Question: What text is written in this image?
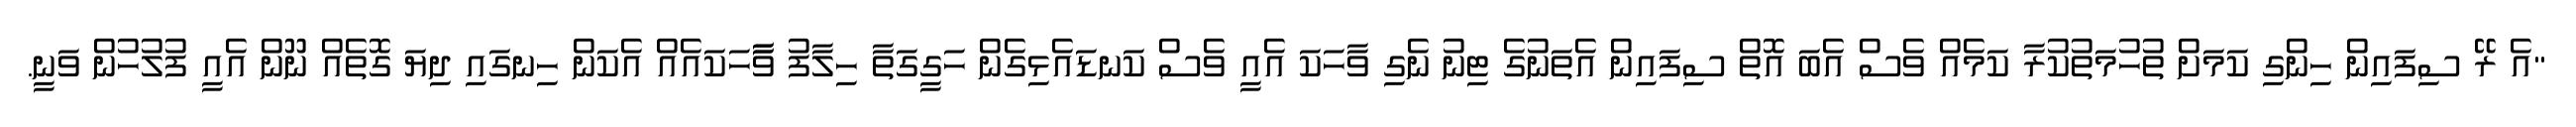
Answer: "އެ ރޭ ސިފައިން ހިންގި ކަމަށް ތުހުމަތުކުރާ ކަމެއް ވެސް އެބަ އޮތް ސިފައިން އެތަނުގެ ޓިނު ނެގި ވާހަކަ އެއީ ވެސް ކަނޑައެޅިގެން ހަގީގަތާ ހިލާފު ވާާހަކައެއް އެކަން ހިނގައި ދިޔަ ގޮތެއް ނޫން އެއީ ފުލުހުން ވަނީ.